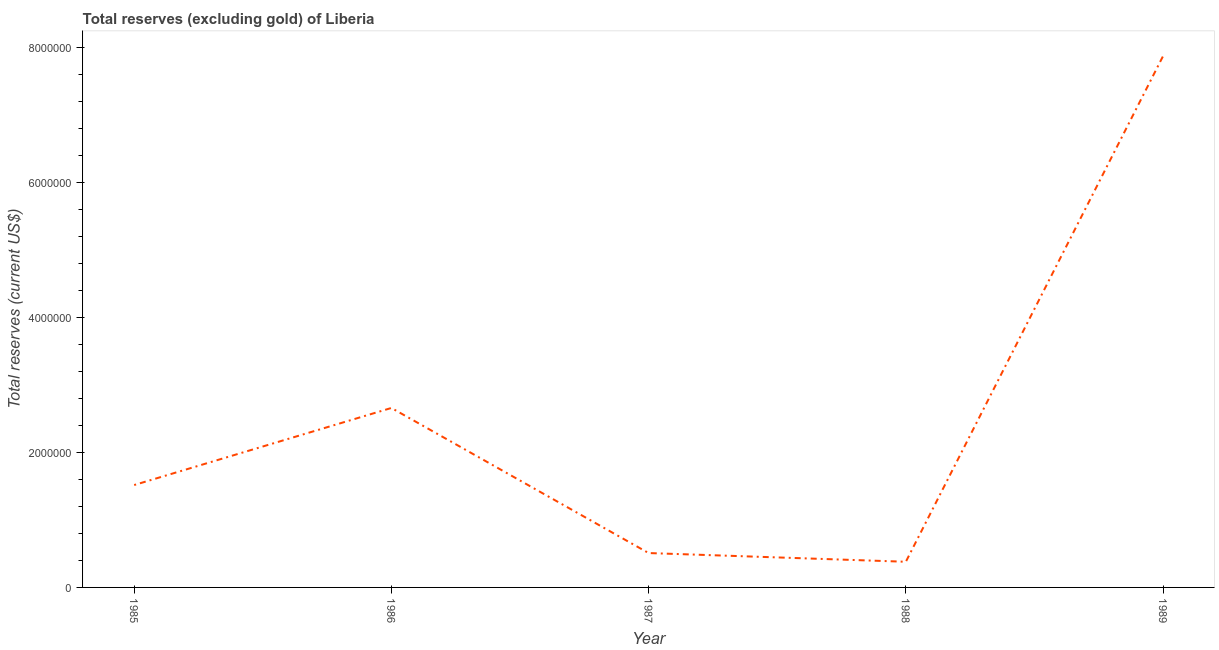
| Year | Total reserves minus gold (current US$) |
 | --- | --- |
 | 1985 | 1.52e+06 |
 | 1986 | 2.66e+06 |
 | 1987 | 5.1e+05 |
 | 1988 | 3.8e+05 |
 | 1989 | 7.88e+06 |